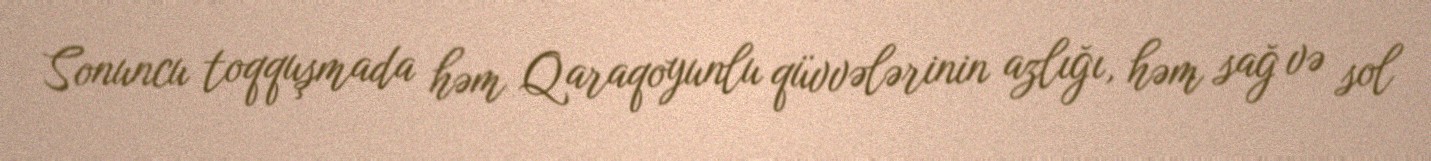
Sonuncu toqquşmada həm Qaraqoyunlu qüvvələrinin azlığı, həm sağ və sol